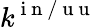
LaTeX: k^{\mathrm{~i~n~/~u~u~}}